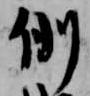
例